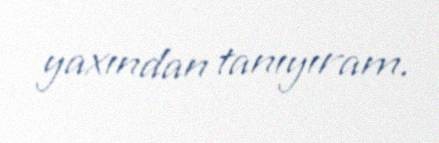
yaxından tanıyıram.